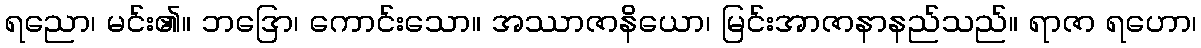
ရညော၊ မင်း၏။ ဘဒြော၊ ကောင်းသော။ အဿာဇာနိယော၊ မြင်းအာဇာနာနည်သည်။ ရာဇာ ရဟော၊